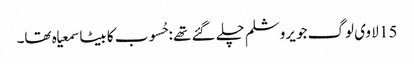
15 لا وی لوگ جو یروشلم چلے گئے تھے :حُسوب کا بیٹا سمعیاہ تھا۔